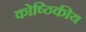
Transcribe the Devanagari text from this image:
कोष्ठिकीय